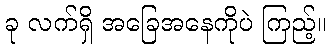
ခု လက်ရှိ အခြေအနေကိုပဲ ကြည့်။